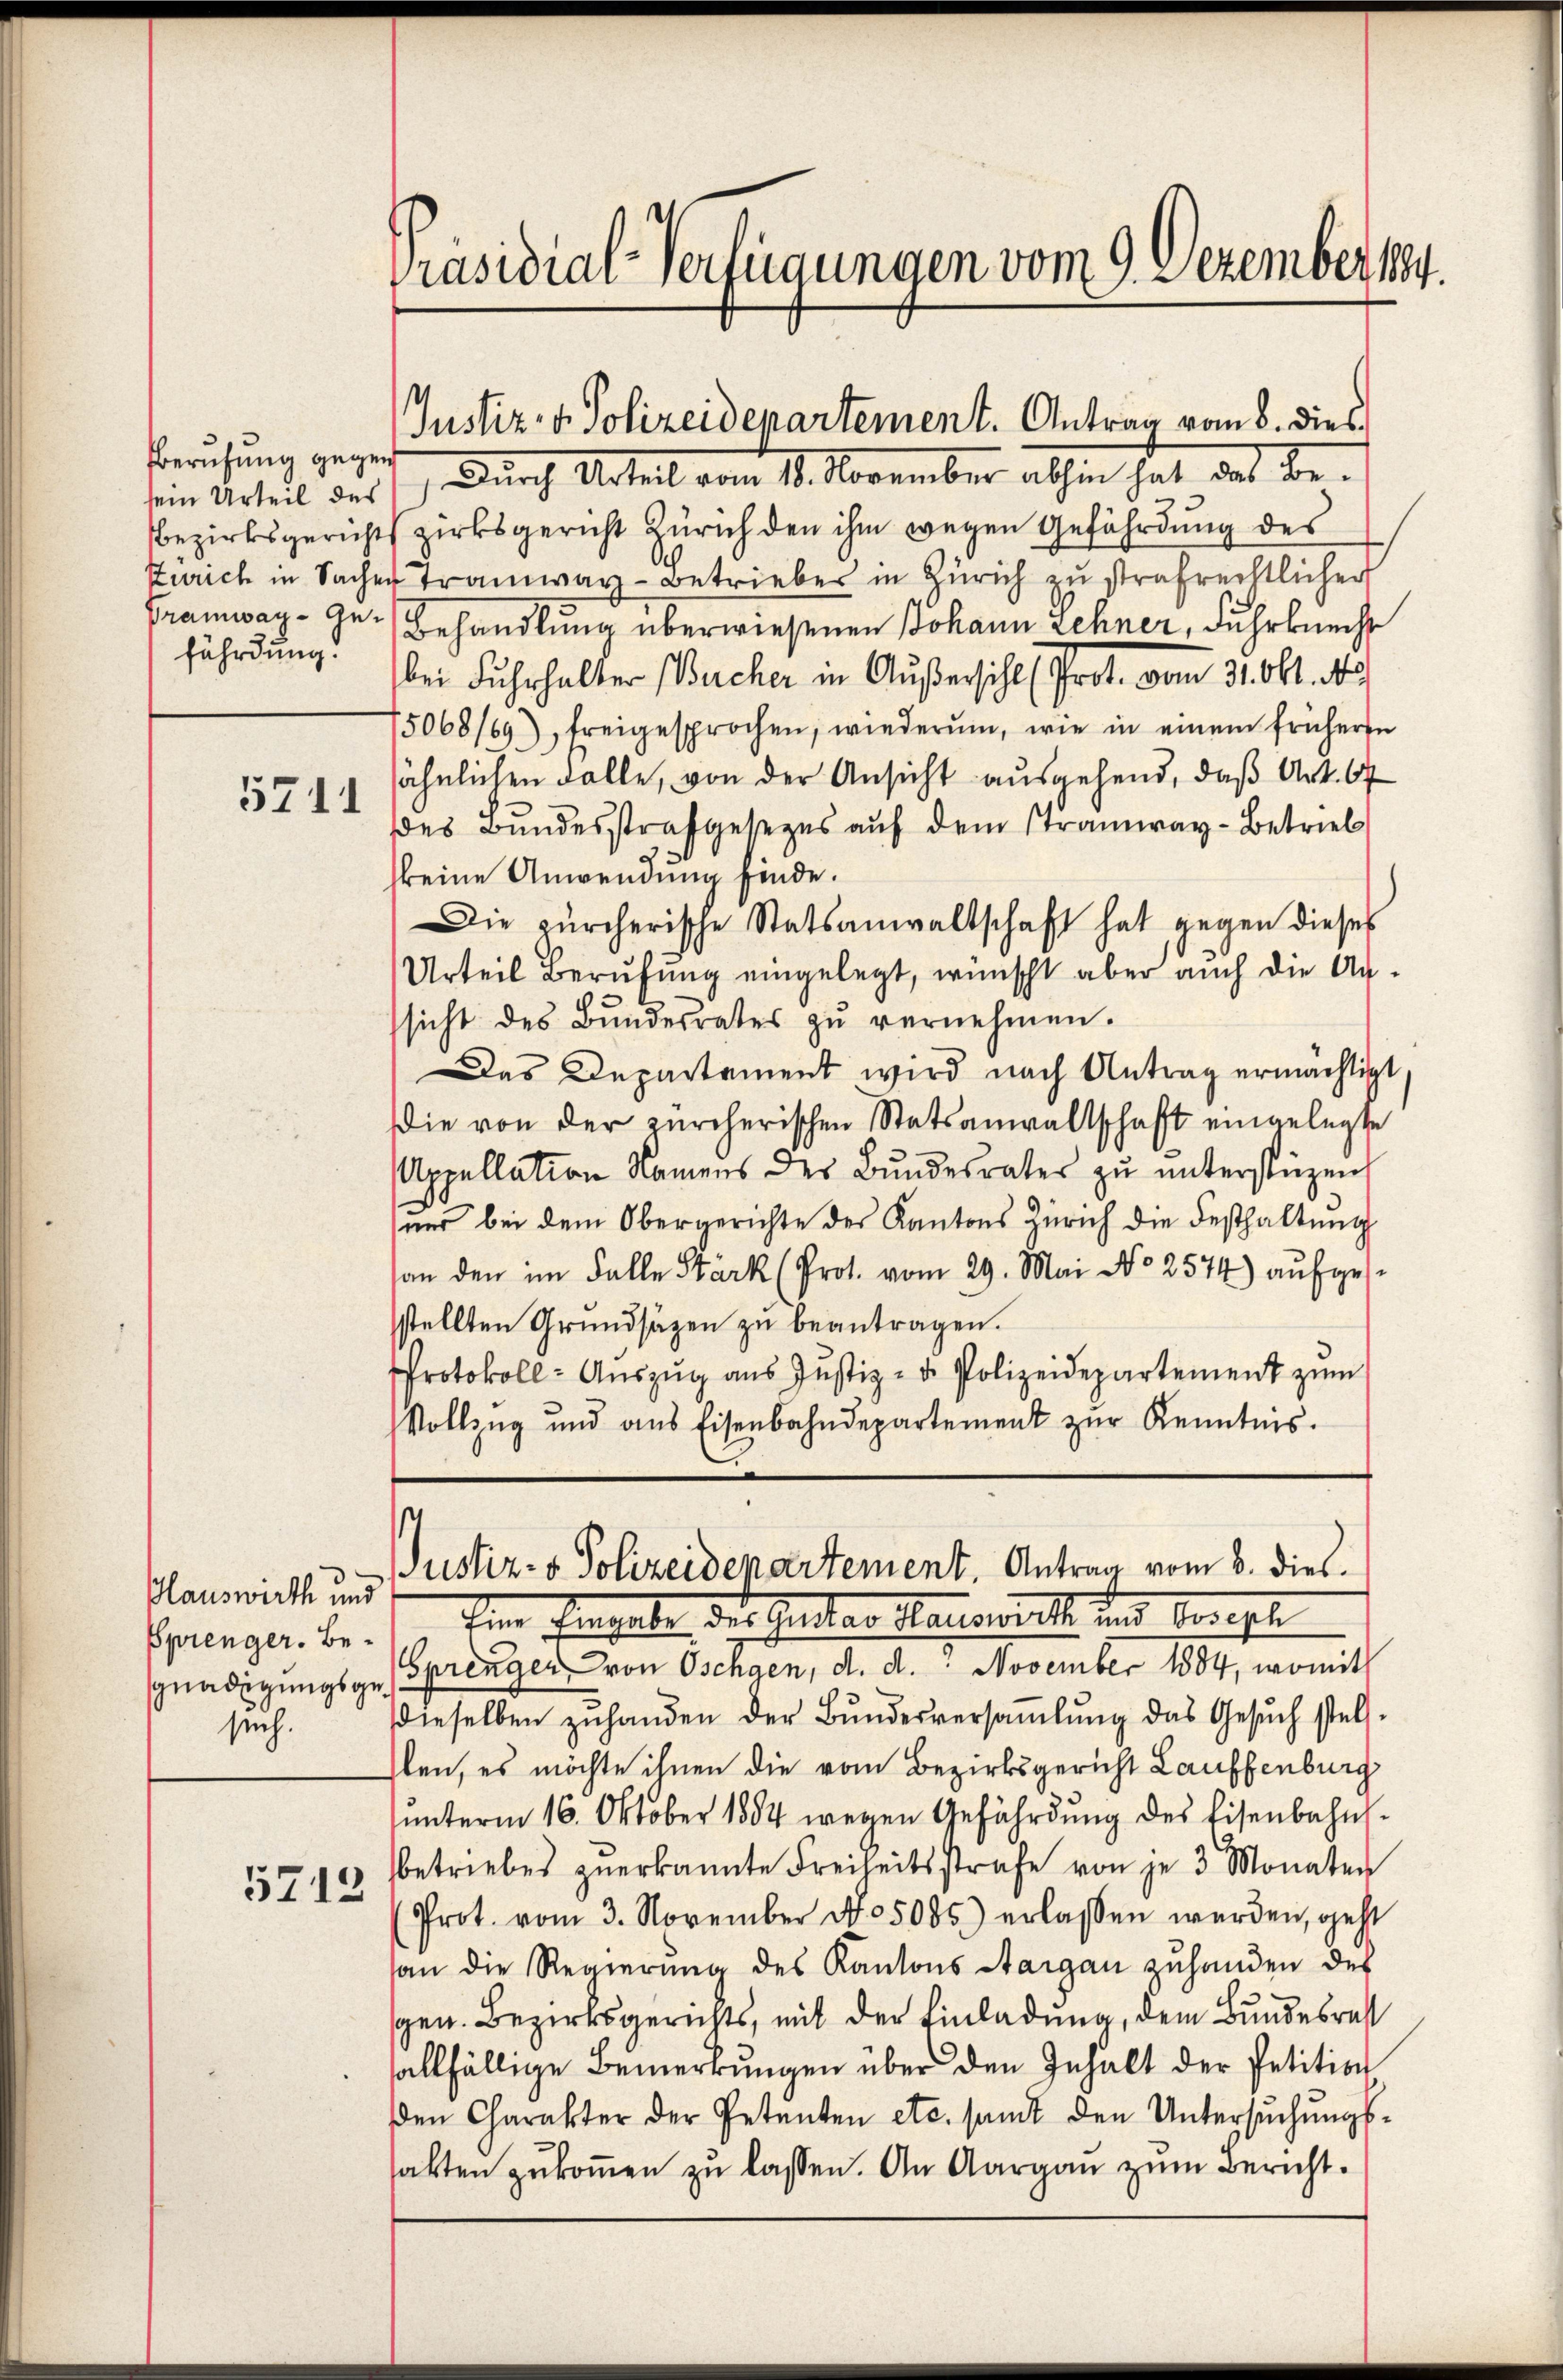
Eberufung gegen
fährdung.

5741

Plauswirth und
Sprenger. Besuch.

5712

Präsidial-Verfügungen vom 9. Dezember 1894.

sein Urteil der 1.) Durch Urteil vom 18. November abhin hat das Be-
Bezirksgerichts zirksgericht Zürich den ihm wegen Gefährdung des
Zürich in Sacher Tramway-Betrieber in Zürich zu strafrechtlicher
Framway- Ge- Behandlung überwiesenen Johann Lehner, Fuhrknecht
bei Fuhrhalter (Bucher in Außersihl Prot. vom 31. Okt. 19
5068/69), freigesprochen, wiederum, wie in einem früheren
sähnlichen Falle, von der Ansicht ausgehend, daß Art. 67
des Bundesstrafgesezes auf dem Stramway-Betrieb
keine Anwendung finde.
Die zürcherische Statsanwaltschaft hat gegen dieses
Urteil Berufung eingelegt, wünscht aber auch die Ansicht des Bundesrates zŭ vernehmen.
Das Departament wird nach Antrag ermächtigt,
Die von der zürcherischen Statsanwaltschaft eingelegte
Appellation Namens des Bundesrates zu unterstüzen,
ŭnd bei dem Obergerichte des Kantons Zürich die Festhaltŭng
han den im Falle Stark (Prot. vom 29. Mai No 2574) aufgesstellten Grundsätzen zu beantragen.
Protokoll- Auszug aus Justiz- u. Polizeidepartement zum
Vollzug und ans Eisenbahndepartement zŭr Kenntnis.

Justiz- & Polizeidepartement. Antrag vom 8. dies

s
Justiz- & Polizeidepartement. Antrag vom 8. dies.

Ien Eingabe, der Gentar Hallwert und bereite
gnadigungsgesprenger von Oschgen, d. d. November 1884, womit
dieselben zŭ handen der Bŭndesversaṁlŭng das Gesŭch stell-
len, es möchte ihnen die vom Bezirksgericht Lauffenburg
ŭnterm 16. Oktober 1884 wegen Gefährdung des Eisenbahnbetriebes zŭerkannte Freiheitsstrafe von je 3 Monaten
Prot. vom 3. November No. 5085) erlassen werden, geht
an die Regierŭng des Kantons Aargau zuhanden des
gen. Bezirksgerichts, mit der Einladung, dem Bundesrest
allfällige Bemerkungen über den Inhalt der Petition
den Charakter der Petenten etc. samt den Untersŭchŭngs-
sakten zukommen zu lassen. An Aargau zum Bericht.